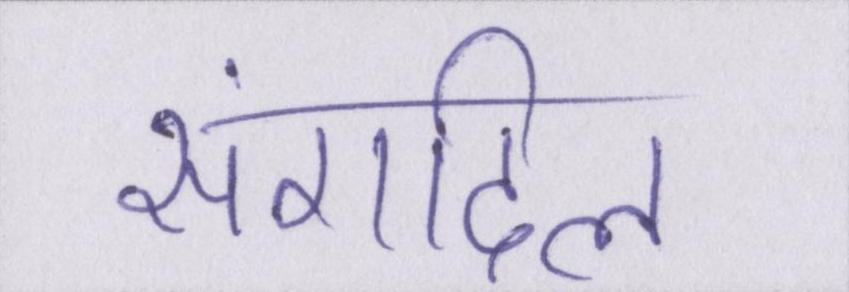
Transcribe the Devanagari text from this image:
संगदिल